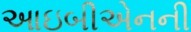
આઇબીએનની